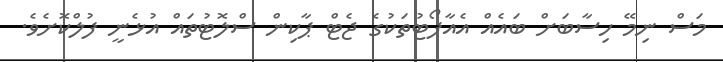
މަސް ނިމޭ ހިސާބަށް ބައެއް އެއާޕޯޓުތަކުގެ ޖެޓް ޕާކިން ސްލޮޓުތައް އުޅެނީ ފުލްކޮށެވެ.